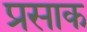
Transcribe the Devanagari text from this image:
प्रसाक